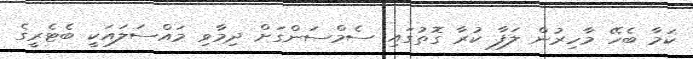
ކަމާ ބެހޭ މާހިރުން ލަފާ ކުރާ ގޮތުގައި ސެމްސަންގަށް ދިމާވި މައްސަލައަކީ ބެޓެރީގެ